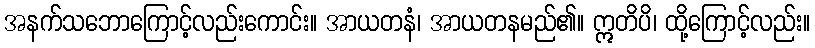
အနက်သဘောကြောင့်လည်းကောင်း။ အာယတနံ၊ အာယတနမည်၏။ ဣတိပိ၊ ထို့ကြောင့်လည်း။